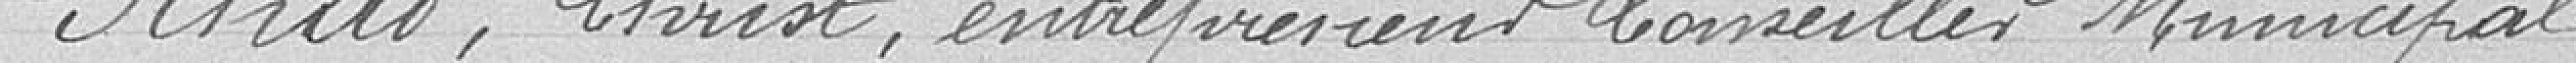
Schad, Christ, entrepreneur, Conseille Municipal.